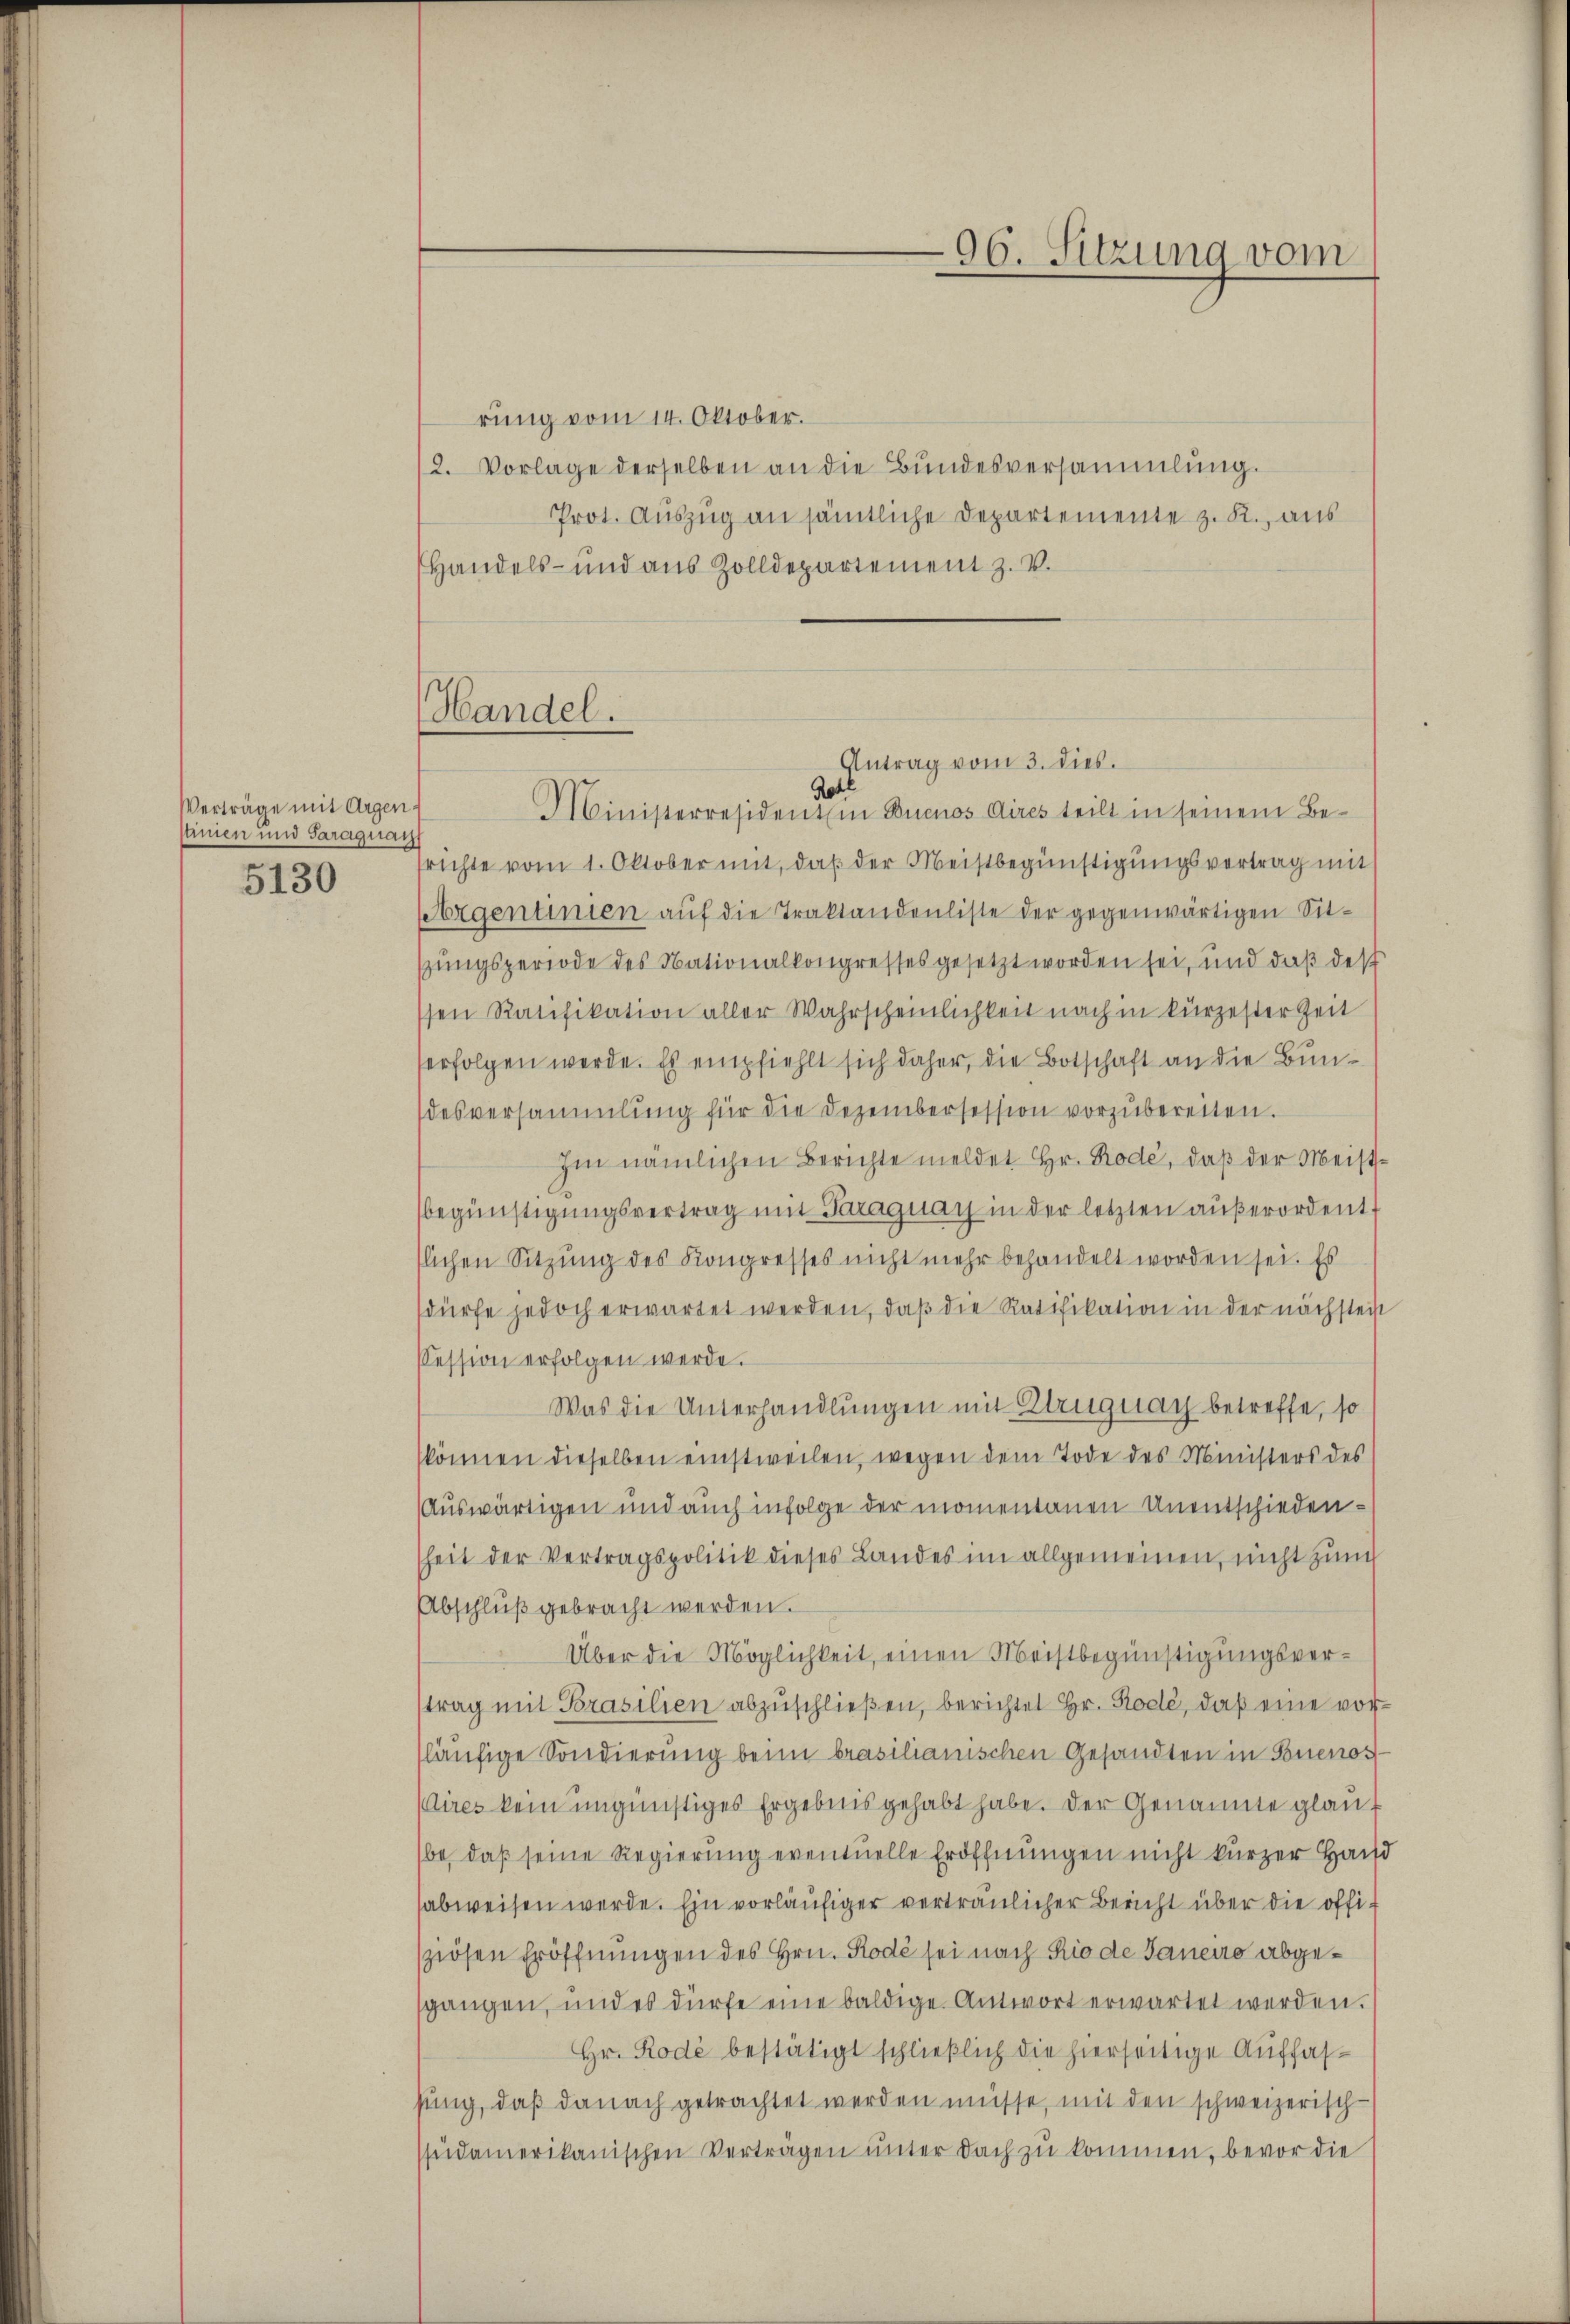
Verträge mit Argen.
stimmen und Saraquar

5130

rung vom 14. Oktober.
2. Vorlage derselben an die Bundesversammlung.
Prot. Auszug an sämtliche Departemente z. R., aus
Handels- und aus Zolldepartement z. V.

Antrag vom 3. dies.
Ministerresidentin Buenos Aires teilt in seinem Befrichte vom 1. Oktober mit, daß der Meistbegünstigungsvertrag mit
sorgentinien auf die Traktandenliste der gegenwärtigen Sittzungsperiode des Nationalkongresses gesetzt worden sei, und daß des
ssen Ratifikation aller Wahrscheinlichkeit nach in kürzester Zeit
serfolgen werde. Es empfiehlt sich daher, die Botschaft an die Bundesversammlung für die Dezembersession vorzubereiten.
Im nämlichen Berichte meldet Hr. Rode, daß der Meistbegünstigungsvertrag mit Paraguay in der letzten aŭβerordent,
slichen Sitzung des Kongresses nicht mehr behandelt worden sei. Es
dürfe jedoch erwartet werden, daβ die Ratifikation in der nächstei
session erfolgen werde.
Was die Unterhandlungen mit Elruguay betreffe, so
können dieselben einstweilen, wegen dem Tode des Ministers des
Auswärtigen und auch infolge der momentanen Unentschiedensheit der Vertragspolitik dieses Landes im allgemeinen, nicht zum
Abschluß gebracht werden.
Über die Möglichkeit, einen Meistbegünstigungsverstrag mit Brasilien abzuschließen, berichtet Hr. Rode, daß eine vorläufige Sondierung beim brasilianischen Gesandten in Buenos
Aires kein ungünstiges Ergebnis gehabt habe. Der Genanne glauf
be, daß seine Regierung eventuelle Eröffnungen nicht kurzer Hand
sabweisen werde. Ein vorläufiger vertraulicher Bericht über die offisziösen Eröffnungen des Hrn. Rode sei nach Rio de Janeiro abgesgangen, und es dürfe eine baldige Antwort erwartet werden.
Hr. Rode bestätigt schließlich die hierseitige Auffassung, daß danach getrachtet werden müsse, mit den schweizerisch-
südamerikanischen Verträgen unter doch zu kommen, bevor die

Handel.
Rotl

96. Sitzung vom